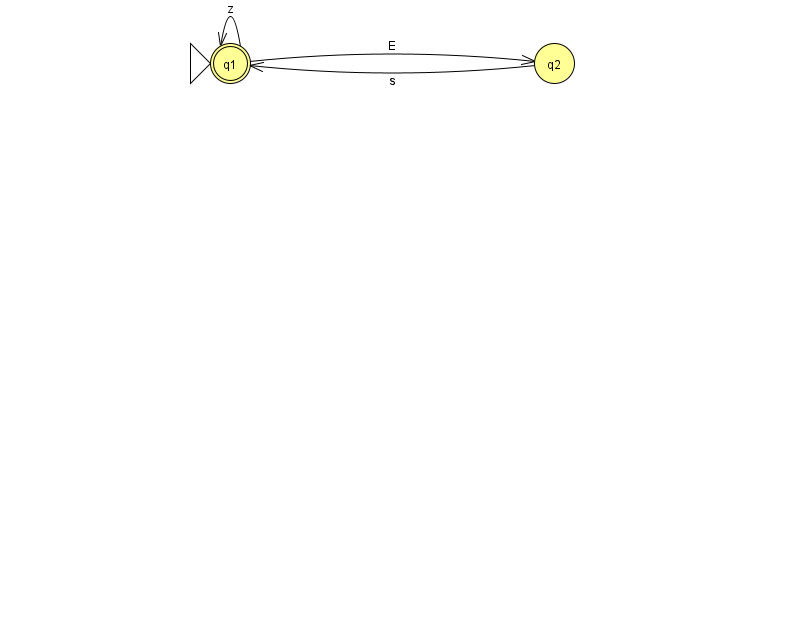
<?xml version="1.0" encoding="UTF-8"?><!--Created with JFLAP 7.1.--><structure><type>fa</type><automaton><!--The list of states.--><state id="1" name="q1"><x>230.0</x><y>50.0</y><initial/><final/></state><state id="2" name="q2"><x>554.0</x><y>50.0</y></state><!--The list of transitions.--><transition><from>1</from><to>2</to><read>E</read></transition><transition><from>1</from><to>1</to><read>z</read></transition><transition><from>2</from><to>1</to><read>s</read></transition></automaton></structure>